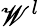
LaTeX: \mathscr{W}^{l}